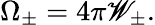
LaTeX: \Omega_{\pm}=4\pi\mathscr{W}_{\pm}.